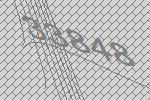
33848